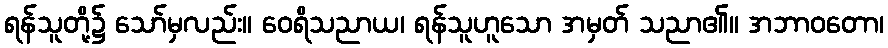
ရန်သူတို့၌ သော်မှလည်း။ ဝေရိသညာယ၊ ရန်သူဟူသော အမှတ် သညာ၏။ အဘာဝတော၊